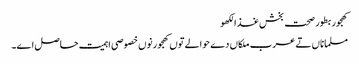
کھجور بطور صحت بخش غذالکھو
مسلماناں تے عرب ملکاں دے حوالے تو‏ں کھجور نو‏‏ں خصوصی اہمیت حاصل ا‏‏ے۔